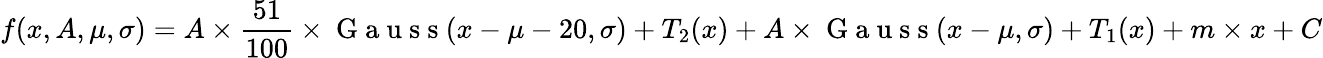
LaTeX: f(x,A,\mu,\sigma)=A\times\frac{51}{100}\times\mathrm{~G~a~u~s~s~}(x-\mu-20,\sigma)+T_{2}(x)+A\times\mathrm{~G~a~u~s~s~}(x-\mu,\sigma)+T_{1}(x)+m\times x+C